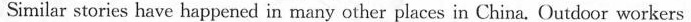
Similar stories have happened in many other places in China. Outdoor workers